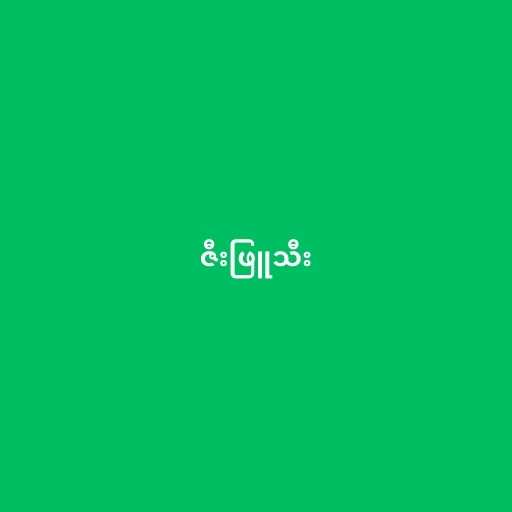
ဇီးဖြူသီး